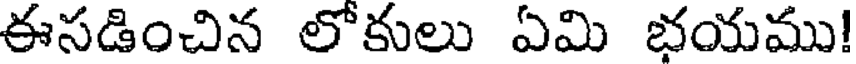
ఈసడించిన లోకులు ఏమి భయము!